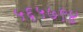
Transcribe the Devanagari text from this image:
५६५७९४